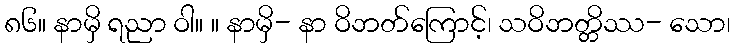
၈၆။ နာမှိ ရညာ ဝါ။ ။ နာမှိ- နာ ဝိဘတ်ကြောင့်၊ သဝိဘတ္တိဿ- သော၊